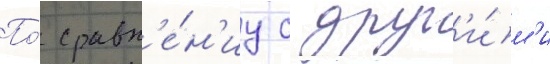
По́ сравн'е́н'иу с друг'и́м'и